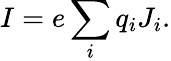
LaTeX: I=e\sum_{i}q_{i}J_{i}.